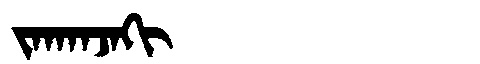
Manchu: ᠵᠠᡴᠠᠨᠵᠠᡴᡳ
Romanization: JAKANJAKI